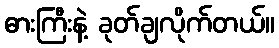
ဓားကြီးနဲ့ ခုတ်ချလိုက်တယ်။